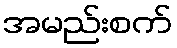
အမည်းစက်